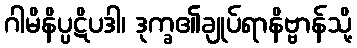
ဂါမိနိပ္ပဋိပဒါ၊ ဒုက္ခ၏ချုပ်ရာနိဗ္ဗာန်သို့